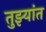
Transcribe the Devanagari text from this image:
तुझ्यांत